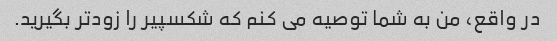
در واقع، من به شما توصیه می کنم که شکسپیر را زودتر بگیرید.